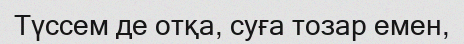
Түссем де отқа, суға тозар емен,